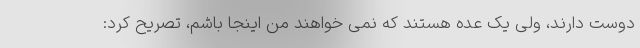
دوست دارند، ولی یک عده هستند که نمی خواهند من اینجا باشم، تصریح کرد: